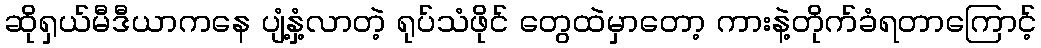
ဆိုရှယ်မီဒီယာကနေ ပျံ့နှံ့လာတဲ့ ရုပ်သံဖိုင် တွေထဲမှာတော့ ကားနဲ့တိုက်ခံရတာကြောင့်